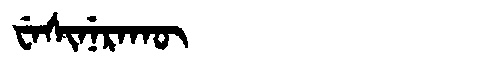
Manchu: ᠸᡝᠰᡳᠨᡝᡵᠠᡴᡡ
Romanization: WESINERAKŪ